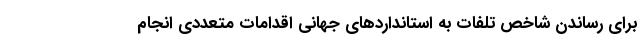
برای رساندن شاخص تلفات به استاندارد‌های جهانی اقدامات متعددی انجام